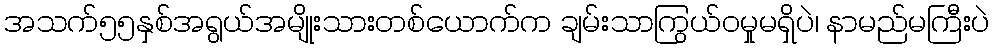
အသက်၅၅နှစ်အရွယ်အမျိုးသားတစ်ယောက်က ချမ်းသာကြွယ်ဝမှုမရှိပဲ၊ နာမည်မကြီးပဲ